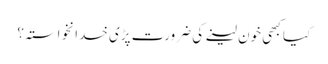
کیا کبھی خون لینے کی ضرورت پڑی خدانخواستہ؟